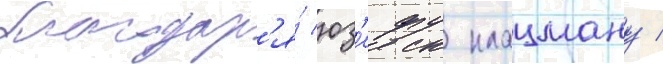
благодар'я́ юз'ефу клацману /